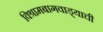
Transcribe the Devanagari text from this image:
विश्रामबागवाड्याची